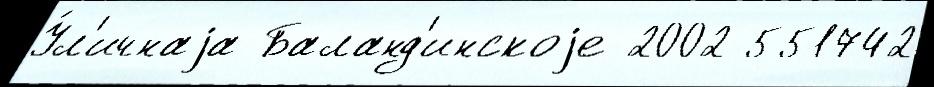
У́л'ичнаjа Баланд'инскоjе 2002 551742